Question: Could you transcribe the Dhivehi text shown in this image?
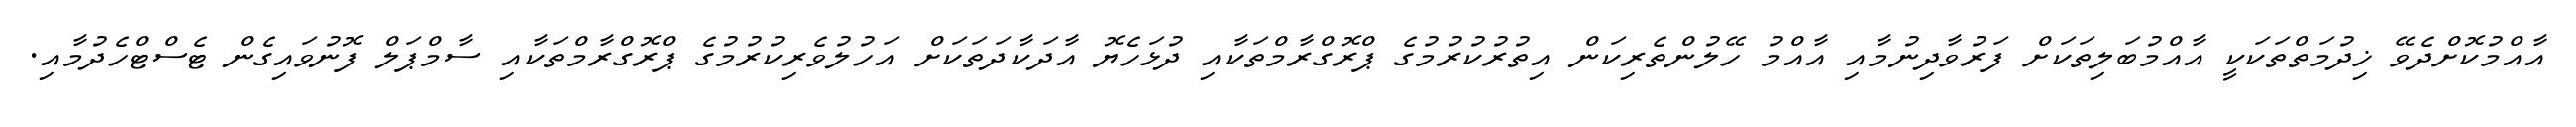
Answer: އާއްމުކޮށްދެވޭ ޚިދުމަތްތަކަކީ އާއްމުބަލިތަކަށް ފަރުވާދިނުމާއި އާއްމު ހޭލުންތެރިކަން އިތުރުކުރުމުގެ ޕްރޮގްރާމްތަކާއި ދުޅަހެޔޮ އާދަކާދަތަކަށް އަހުލުވެރިކުރުމުގެ ޕްރޮގްރާމްތަކާއި ސާމްޕަލް ފޮނުވައިގެން ޓެސްޓްހެދުމާއި.